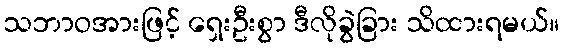
သဘာဝအားဖြင့် ရှေးဦးစွာ ဒီလိုခွဲခြား သိထားရမယ်။